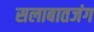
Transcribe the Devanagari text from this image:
सलाबातजंग